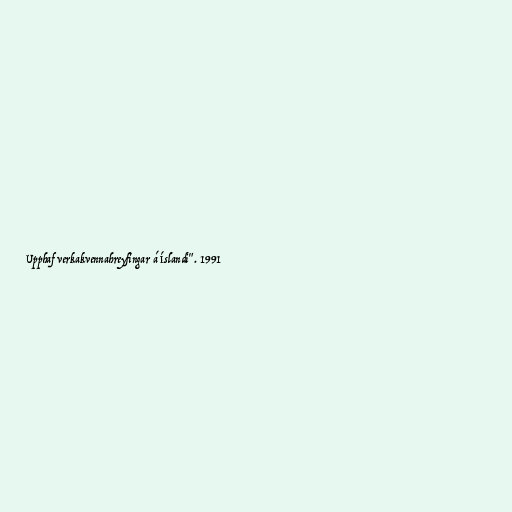
Upphaf verkakvennahreyfingar á Íslandi". 1991